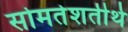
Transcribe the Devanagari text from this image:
सोमतेशतीर्थ